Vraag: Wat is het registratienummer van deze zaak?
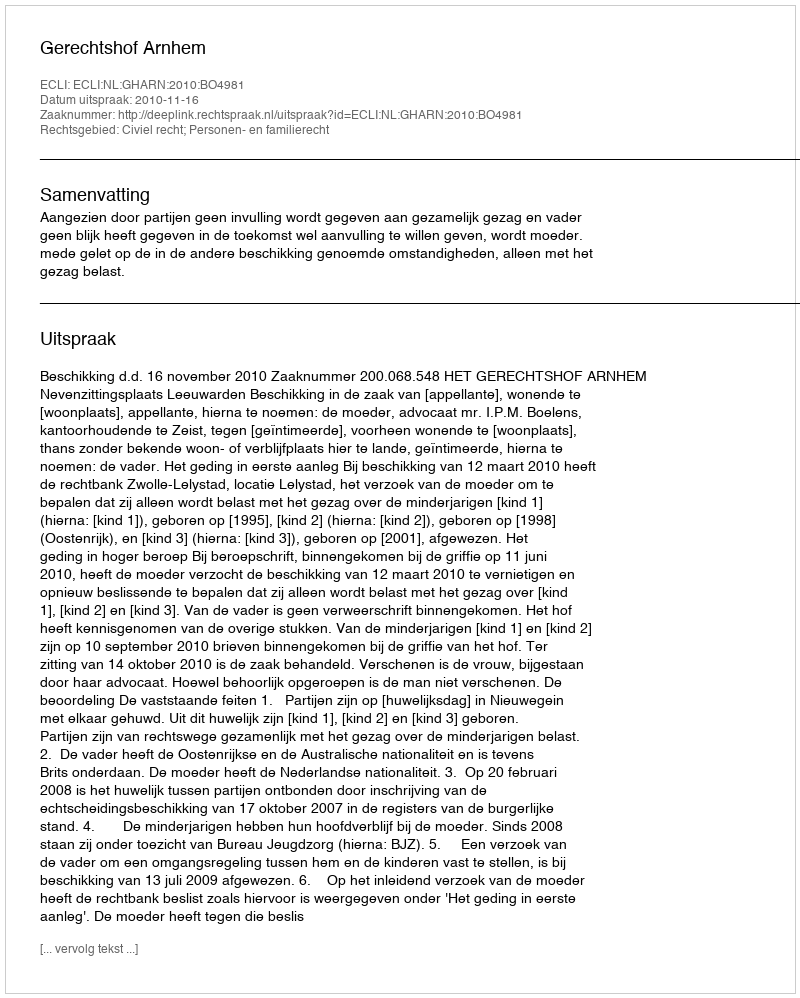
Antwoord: http://deeplink.rechtspraak.nl/uitspraak?id=ECLI:NL:GHARN:2010:BO4981